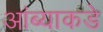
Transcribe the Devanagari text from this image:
आंब्याकडे